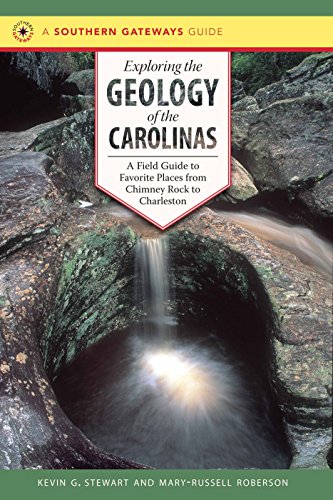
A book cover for Exploring the Geology of the Carolinas: A Field Guide to Favorite Places from Chimney Rock to Charleston (Southern Gateways Guides); Kevin G. Stewart; Science & Math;